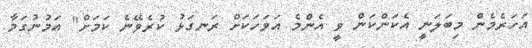
އަހަރެމެން މިބަލަނީ އެކަންކަން ވީ އެންމެ އަވަހަކަށް ރަނގަޅު ކުރެވޭނެ ކަމަށް" އަމުނުގަމާ